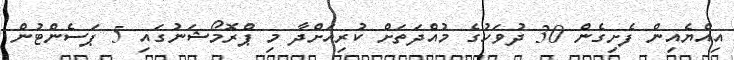
އިއްޔެއިން ފެށިގެން 30 ދުވަހުގެ މުއްދަތަށް ކުރިއަށްދާ މި ޕްރޮމޯޝަނުގައި 5 ޕަސެންޓުން